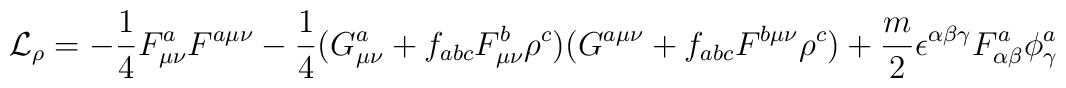
{\cal L}_\rho = - \frac{1}{4} F_{\mu\nu}^a F^{a\mu\nu} - \frac{1}{4} (G_{\mu\nu}^a + f_{abc}F_{\mu\nu}^b \rho^c) (G^{a\mu\nu} + f_{abc} F^{b\mu\nu} \rho^c) + \frac{m}{2}\epsilon^{\alpha \beta \gamma} F_{\alpha \beta}^a \phi_{\gamma}^a